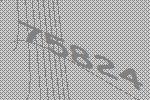
75824